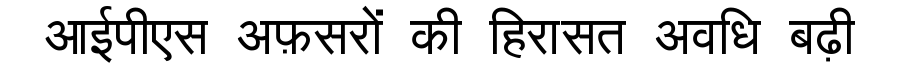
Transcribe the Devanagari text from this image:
आईपीएस अफ़सरों की हिरासत अवधि बढ़ी